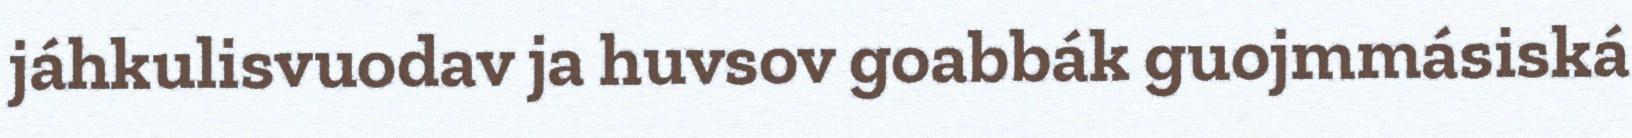
jáhkulisvuodav ja huvsov goabbák guojmmásiská